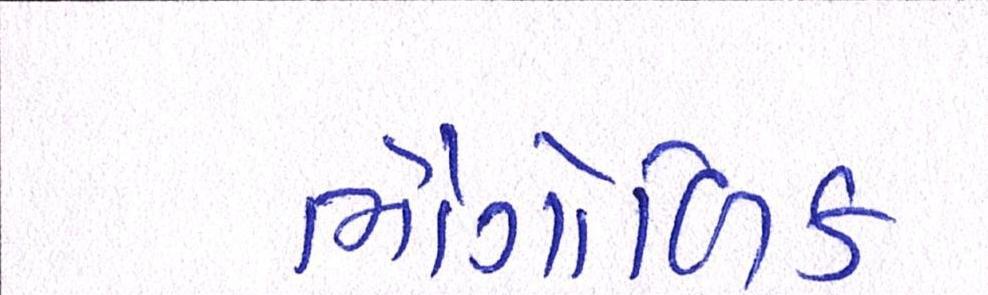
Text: ભૌગોળિક